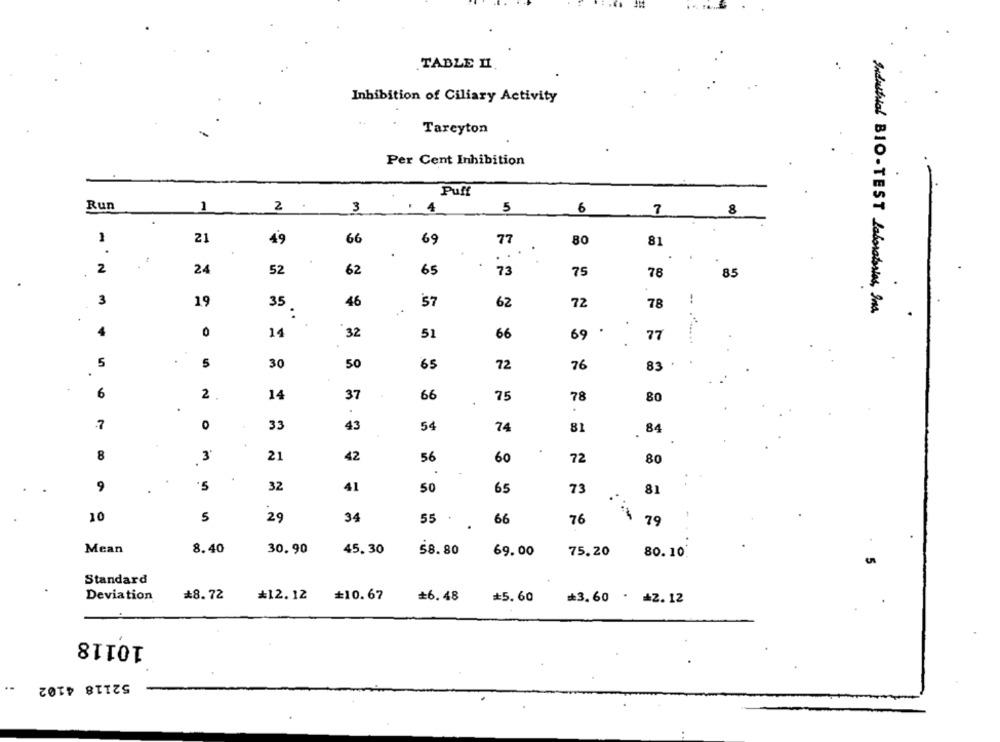
TABLE II
Inhibition of Ciliary Activity
Tareyton
Per Cent Inhibition
Puff
Run
1
2
3
4
5
6
8
21
49
66
69
77
80
81
.
2
24
52
62
65
73
75
78
85
3
19
35
46
57
62
72
78
!
..
Industrial BIO -TEST Laboratories, Ind.
.
4
0
14
32
51
66
69
77
.....
5
5
30
50
72
65
76
83
6
37
2
14
66
75
78
80
0
33
43
54
74
81
. 84
8
3
21
42
56
60
72
80
9
32
41
50
65
73
81
10
5
29
34
55
66
76
79
Mean
8.40
30.90
45.30
58.80
69.00
75.20
80.10:
Standard
Deviation
*8.72
*12.12
10.67
£6.48
*5.60
₾3.60 . = 2.12
10118
52118 4102